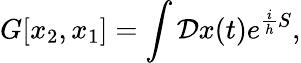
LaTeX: G[x_{2},x_{1}]=\int{\cal D}x(t)e^{{\frac{i}{h}}S},